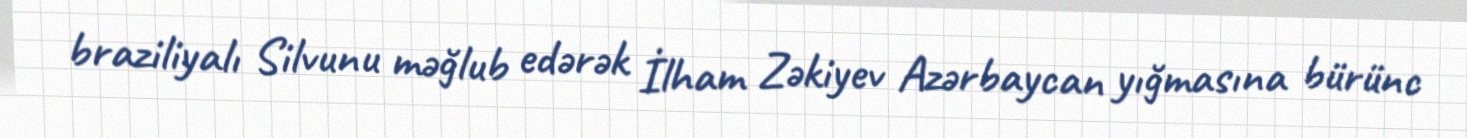
braziliyalı Silvunu məğlub edərək İlham Zəkiyev Azərbaycan yığmasına bürünc